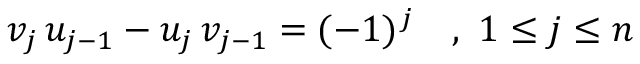
v _ { j } \, u _ { j - 1 } - u _ { j } \, v _ { j - 1 } = ( - 1 ) ^ { j } \quad , \ 1 \leq j \leq n